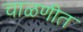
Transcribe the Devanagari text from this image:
चाळणीत